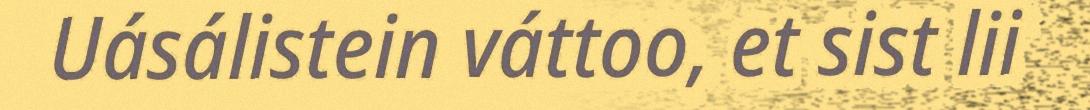
Uásálistein váttoo, et sist lii